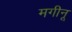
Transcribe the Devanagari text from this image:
मगीनू